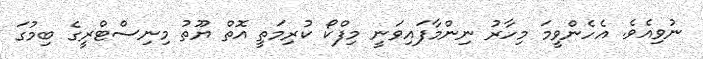
ނުވިއެވެ. އެހެންވީމަ މިހާރު ނިންމާފައިވަނީ މިފްކޯ ކުރިމަތީ އޮތް ޔޫތު މިނިސްޓްރީގެ ބިމުގަ